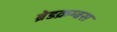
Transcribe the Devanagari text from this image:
ब्रेडक्रम्बस